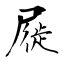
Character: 屣